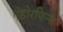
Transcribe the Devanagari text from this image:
एंडोरफिन्स